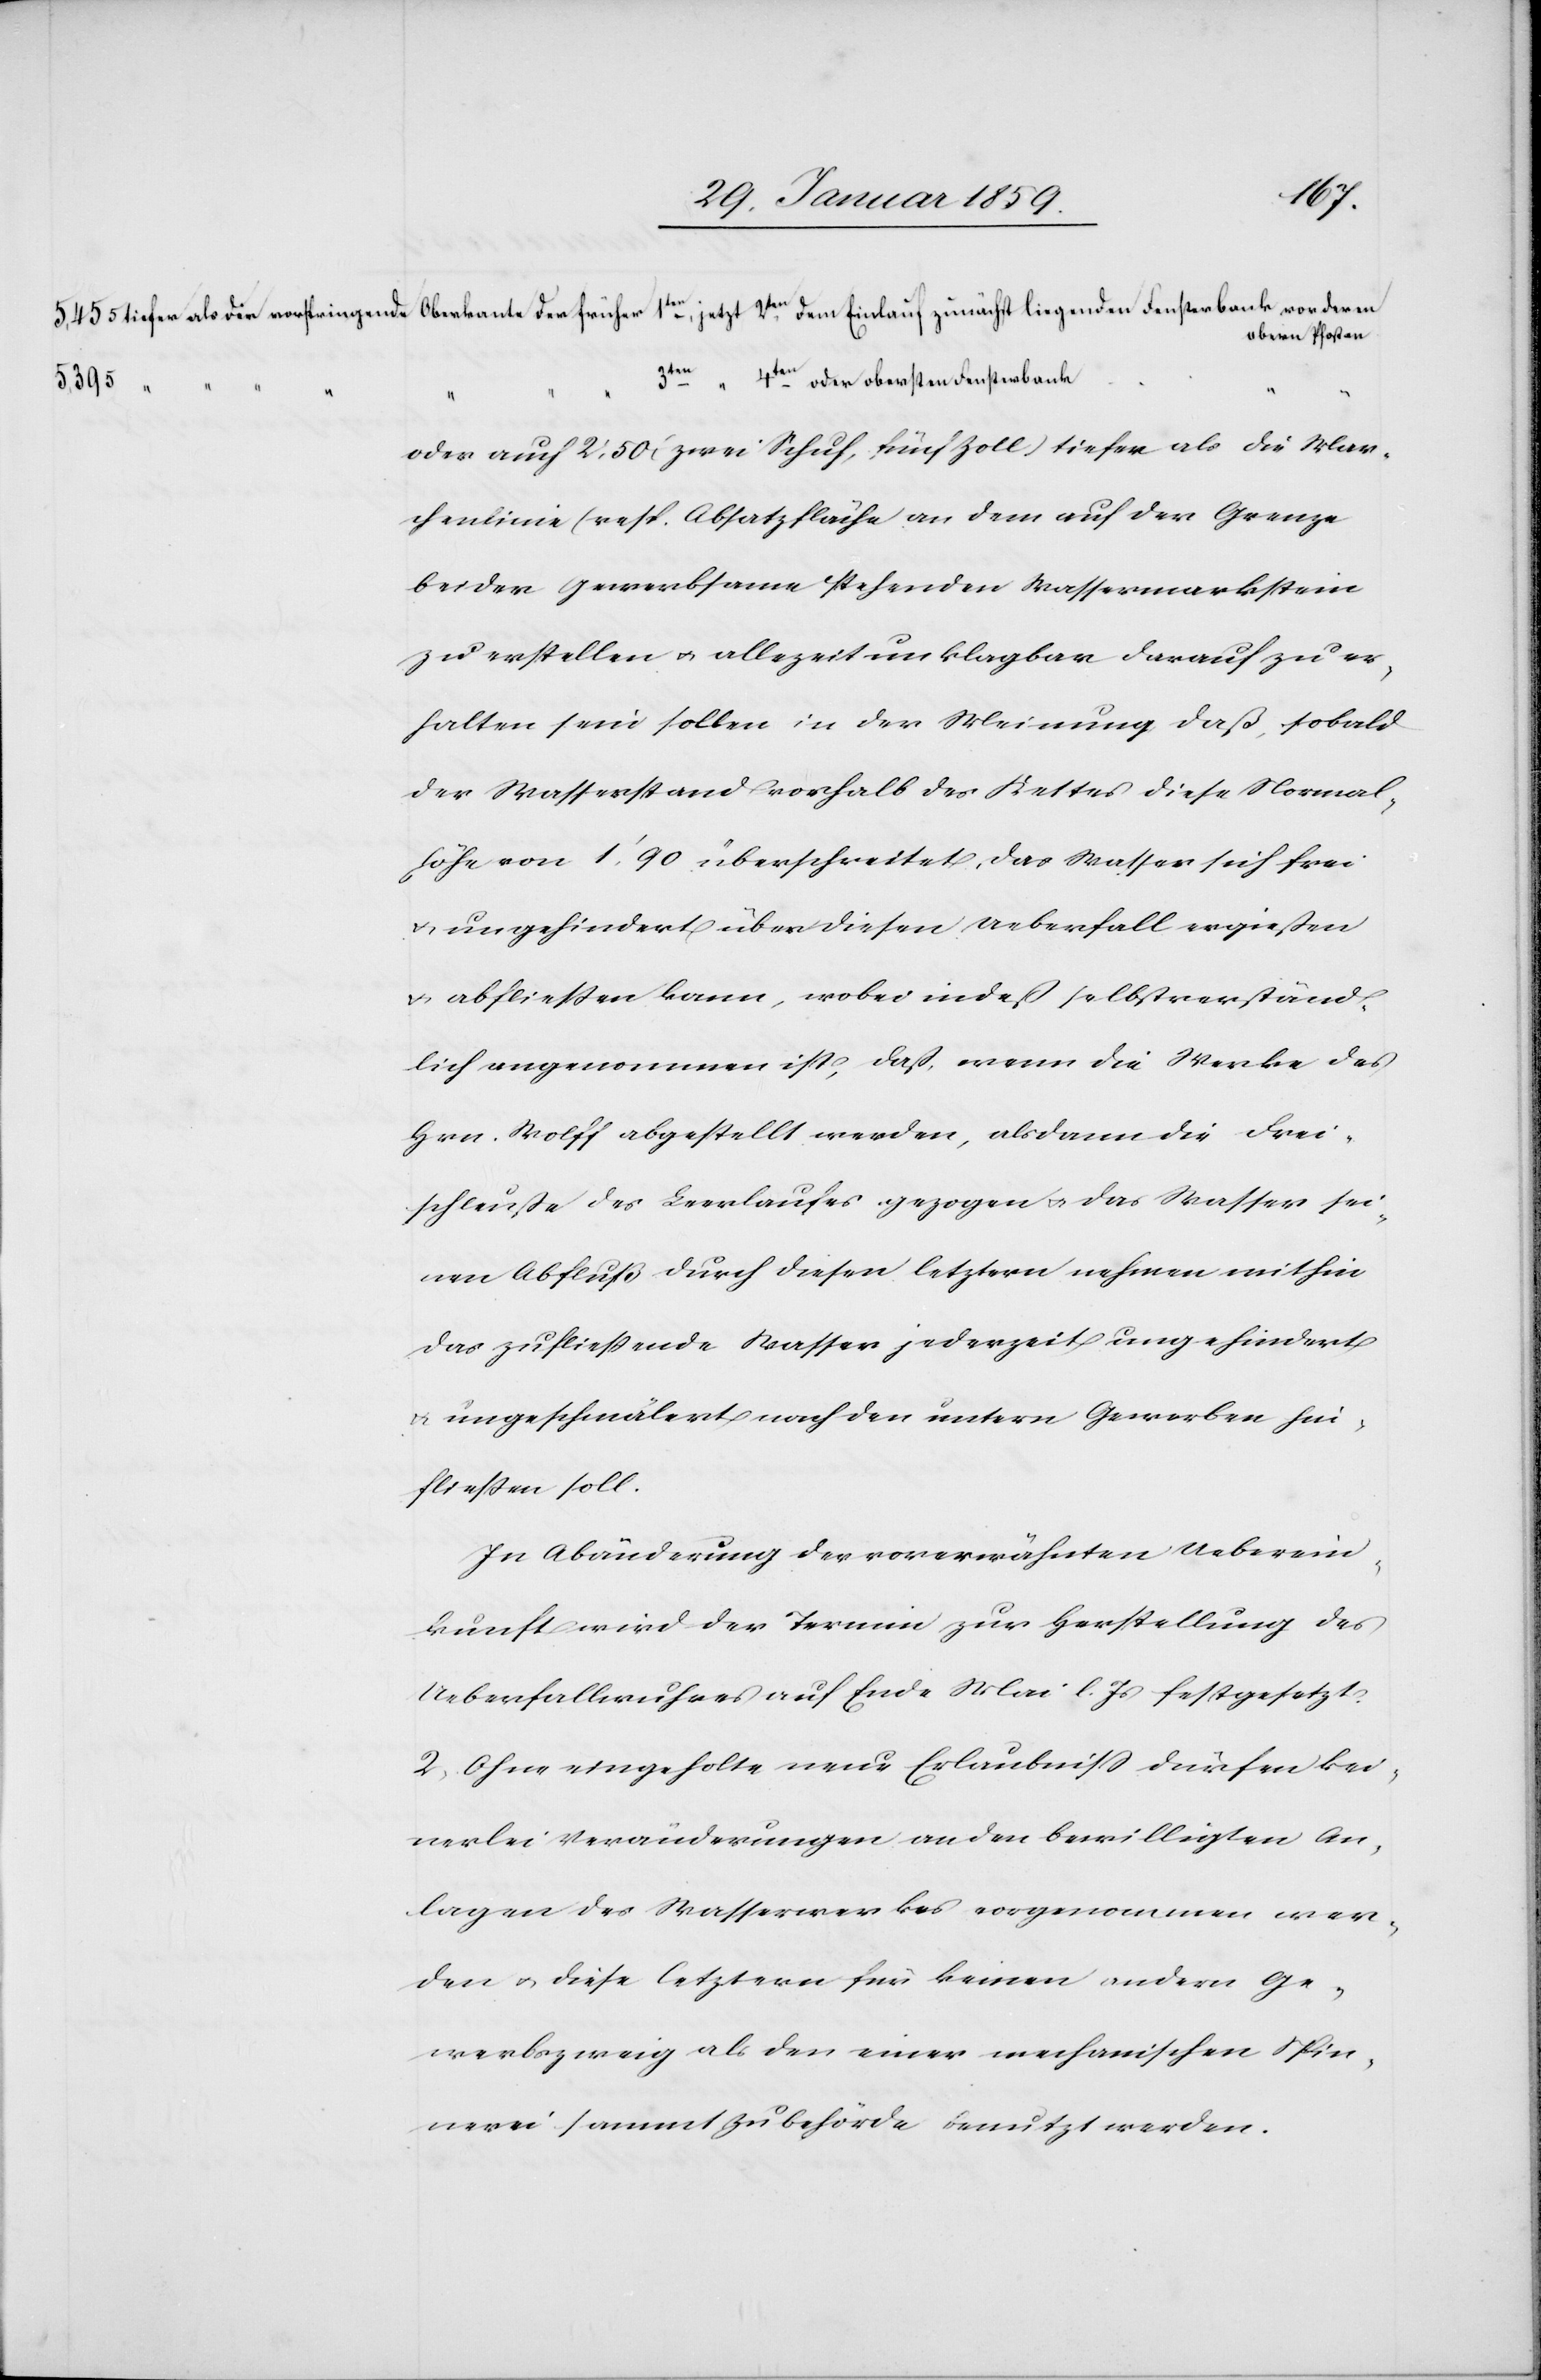
5,395 [tiefer als die vorspringende Oberkante der früher] 3ten [jetzt] 4ten. oder obersten Fensterbank [von deren oberen
oberen Pfosten
oder auf 2:50 (zwei Schuh, fünf Zoll) tiefer als die Mar¬
chenlinie (resp. Absatzfläche) an dem auf der Grenze
beider Gewerbsame stehenden Wassermarkstein
zu erstellen u. allezeit unklagbar darauf zu er¬
halten sein sollen in der Meinung daß, sobald
der Wasserstand vorhalb des Kettes diese Normal¬
höhe von 1',90 überschreitet, das Wasser sich frei
u. ungehindert über diesen Ueberfall ergießen
u. abfließen kann, wobei indeß selbstverständ¬
lich angenommen ist, daß, wenn die Werke des
Hrn. Wolff abgestellt werden, alsdann die Frei¬
schleuße des Leerlaufes gezogen u. das Wasser sei¬
nen Abfluß durch diesen letztern nehmen mithin
das zufließende Wasser jederzeit ungehindert
ungeschmälert nach den untern Gewerben hin¬
fließen soll.
In Abänderung der vorerwähnten Ueberein¬
kunft wird der Termin zur Herstellung des
Ueberfallwuhres auf Ende Mai l. Js festgesetzt.
2. Ohne eingeholte neue Erlaubniß dürfen kei¬
nerlei Veränderungen an den bewilligten An¬
lagen des Wasserwerkes vorgenommen wer¬
den u. diese letztern für keinen andern Ge¬
werbszweig als den einer mechanischen Spin¬
nerei sammt Zubehörde benutzt werden.